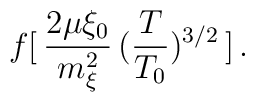
\:f[\,\frac{2\mu \xi _{0}}{m_{\xi }^{2}}\,(\frac{T}{T_{0}})^{3/2}\,] \,.\: